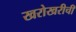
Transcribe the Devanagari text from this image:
खरोखरीची